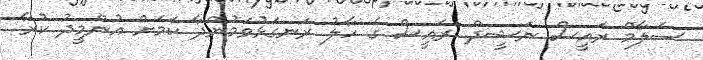
ސަލާމް ރައީސް ނަޝީދް. ރައީސް ގެ ހާލު ރަނގަޅުވަމުންދާ ކަމަށް އުންމީދު ކުރާ